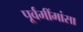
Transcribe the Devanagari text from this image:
पूर्वमींमांसा